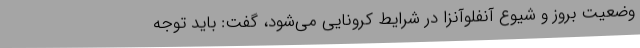
وضعیت بروز و شیوع آنفلوآنزا در شرایط کرونایی می‌شود، گفت: باید توجه